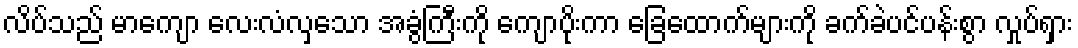
လိပ်သည် မာကျော လေးလံလှသော အခွံကြီးကို ကျောပိုးကာ ခြေထောက်များကို ခက်ခဲပင်ပန်းစွာ လှုပ်ရှား